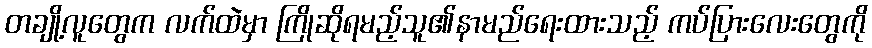
တချို့လူတွေက လက်ထဲမှာ ကြိုဆိုရမည့်သူ၏နာမည်ရေးထားသည့် ကပ်ပြားလေးတွေကို